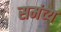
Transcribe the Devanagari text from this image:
समंव्य